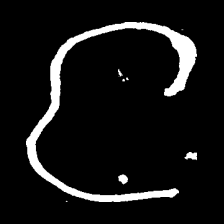
Pyu character \u2014 Myanmar letter: င (romanized: nga)